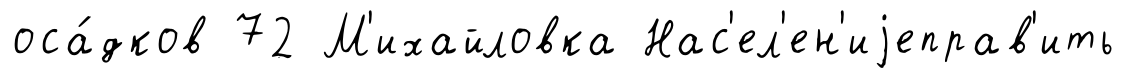
оса́дков 72 М'ихайловка Нас'ел'ен'иjеправ'ить